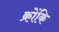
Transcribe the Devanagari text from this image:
क्रोंकि